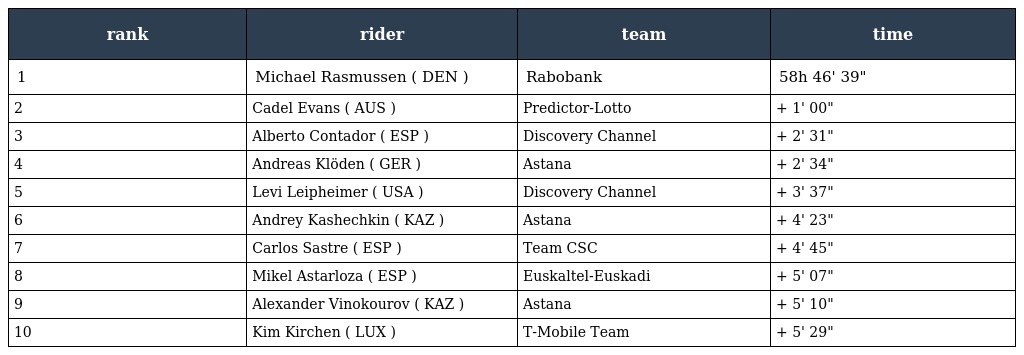
| rank | rider | team | time |
 | --- | --- | --- | --- |
 | 1 | Michael Rasmussen ( DEN ) | Rabobank | 58h 46' 39" |
 | 2 | Cadel Evans ( AUS ) | Predictor-Lotto | + 1' 00" |
 | 3 | Alberto Contador ( ESP ) | Discovery Channel | + 2' 31" |
 | 4 | Andreas Klöden ( GER ) | Astana | + 2' 34" |
 | 5 | Levi Leipheimer ( USA ) | Discovery Channel | + 3' 37" |
 | 6 | Andrey Kashechkin ( KAZ ) | Astana | + 4' 23" |
 | 7 | Carlos Sastre ( ESP ) | Team CSC | + 4' 45" |
 | 8 | Mikel Astarloza ( ESP ) | Euskaltel-Euskadi | + 5' 07" |
 | 9 | Alexander Vinokourov ( KAZ ) | Astana | + 5' 10" |
 | 10 | Kim Kirchen ( LUX ) | T-Mobile Team | + 5' 29" |